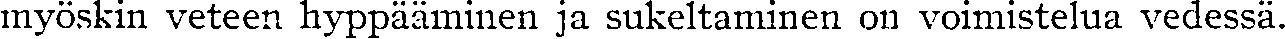
myöskin veteen hyppääminen ja sukeltaminen on voimistelua vedessä.